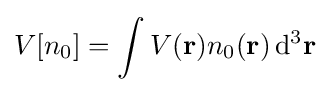
V[n_{0}]=\int V(\mathbf {r} )n_{0}(\mathbf {r} )\,\mathrm {d} ^{3}\mathbf {r}